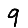
Digit: 9